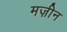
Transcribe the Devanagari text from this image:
मज़ीन